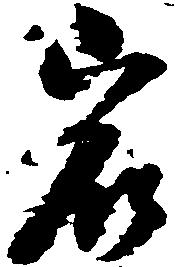
岩